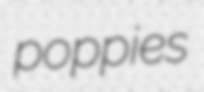
poppies